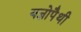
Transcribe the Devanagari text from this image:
यज्ञोपैथी